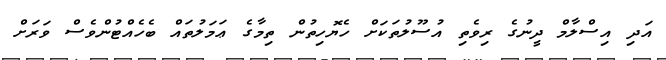
އަދި އިސްލާމް ދީނުގެ ރިވެތި އުސޫލުތަކަށް ހެޔޮހިތުން ތިމާގެ ޢަމަލުތައް ބެހެއްޓުންވެސް ވަރަށް